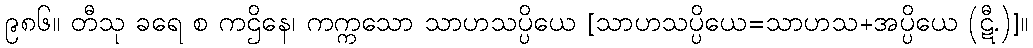
၉၈၆။ တီသု ခရေ စ ကဌိနေ၊ ကက္ကသော သာဟသပ္ပိယေ [သာဟသပ္ပိယေ=သာဟသ+အပ္ပိယေ (ဋီ.)]။